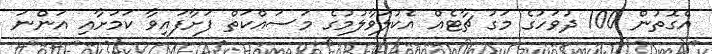
އެގޮތުން 100 ދުވަހުގެ މަގު ޗާޓެއް އެކުލަވާލުމުގެ މަސައްކަތް ފަށާފައިވާ ކަމަށާާއި އަންނަ